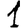
Digit: 1